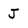
Character: J